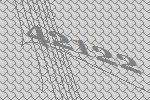
42122